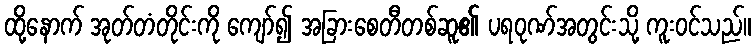
ထို့နောက် အုတ်တံတိုင်းကို ကျော်၍ အခြားစေတီတစ်ဆူ၏ ပရဝုဏ်အတွင်းသို့ ကူးဝင်သည်။